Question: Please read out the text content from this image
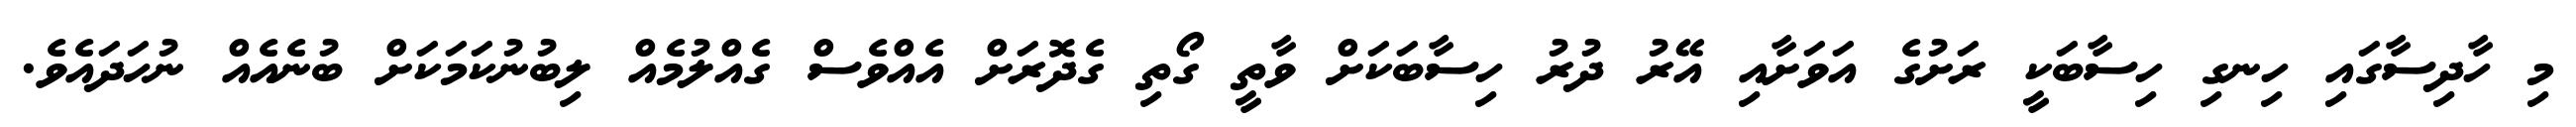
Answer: މި ހާދިސާގައި ހިނގި ހިސާބަކީ ރަށުގެ އަވަށާއި އޭރު ދުރު ހިސާބަކަށް ވާތީ ގޯތި ގެދޮރަށް އެއްވެސް ގެއްލުމެއް ލިބުނުކަމަކަށް ބުނެއެއް ނުހަދައެވެ.